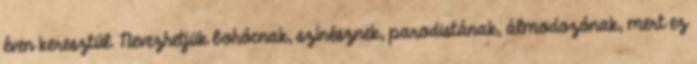
éven keresztül. Nevezhetjük bohócnak, színésznek, parodistának, álmodozónak, mert ez